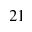
2 1